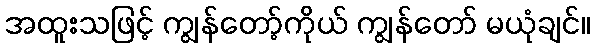
အထူးသဖြင့် ကျွန်တော့်ကိုယ် ကျွန်တော် မယုံချင်။